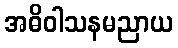
အဓိဝါသနမညာယ